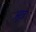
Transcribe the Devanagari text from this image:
भुखे